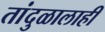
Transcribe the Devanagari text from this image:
तांदुळालाही